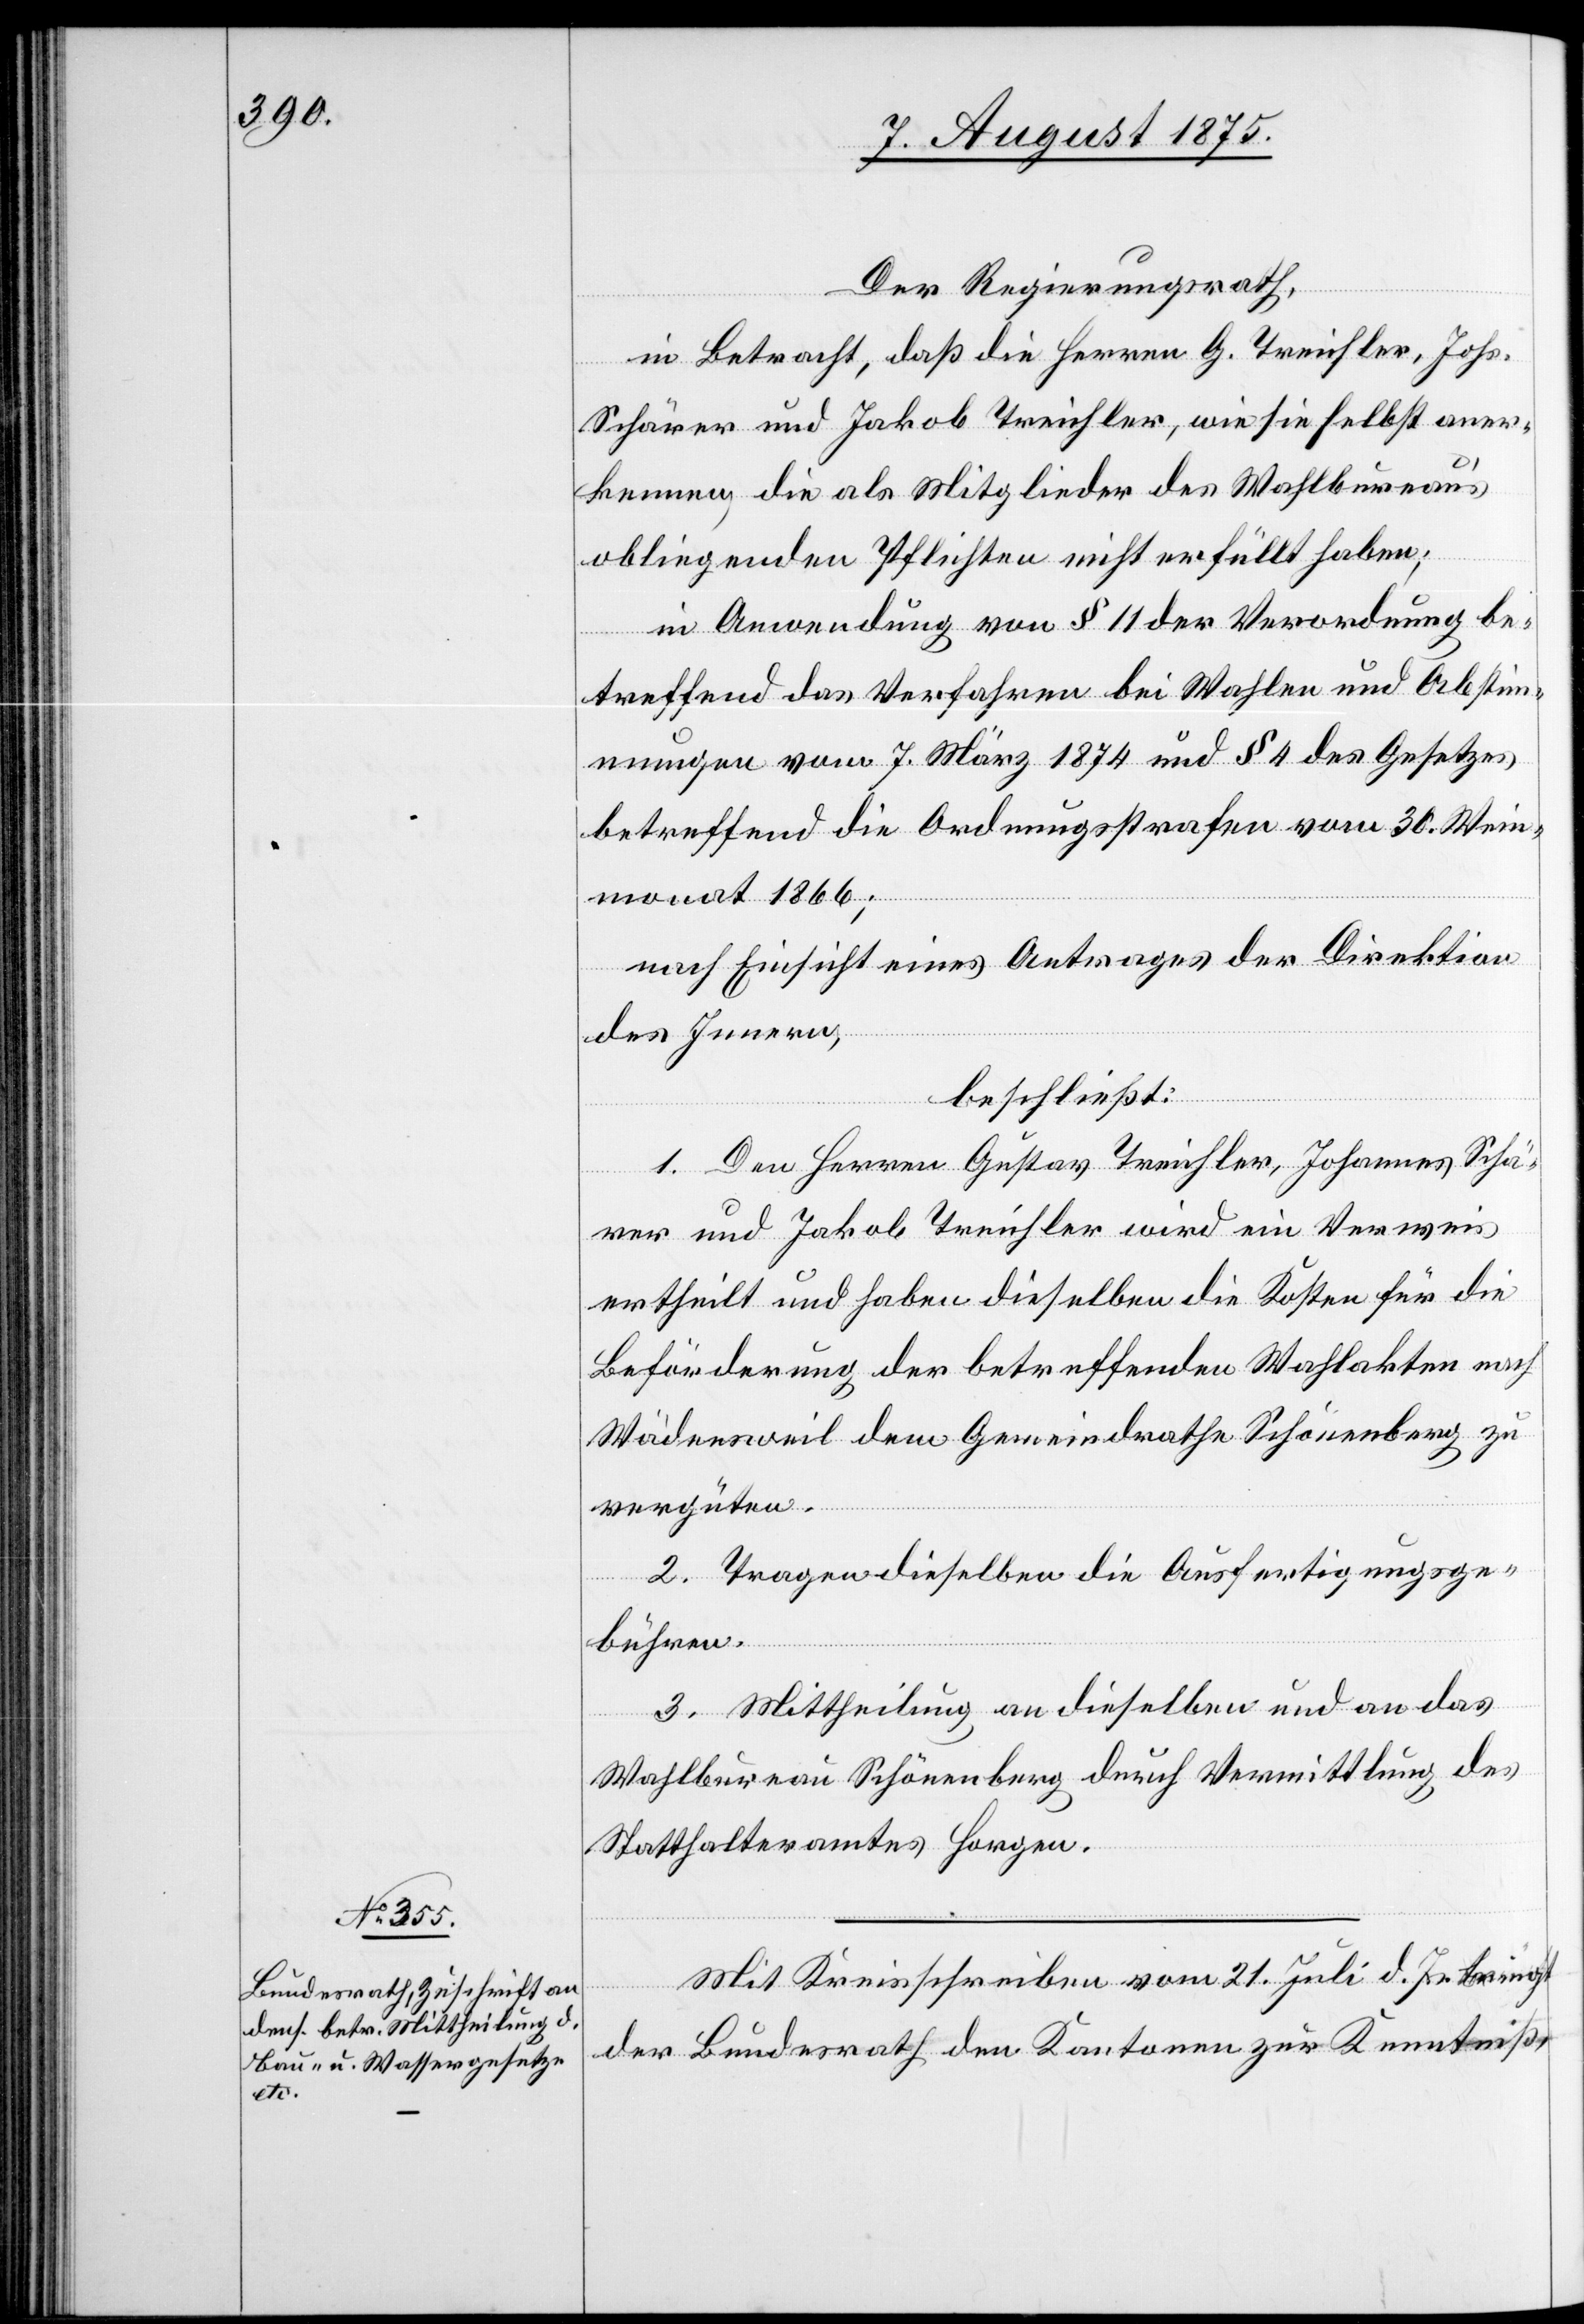
Der Regierungsrath,
in Betracht, daß die Herren G. Treichler, Johs.
Schärer und Jakob Treichler, wie sie selbst aner¬
kennen, die als Mitglieder des Wahlbureau’s
obliegenden Pflichten nicht erfüllt haben;
in Anwendung von § 11 der Verordnung be¬
treffend das Verfahren bei Wahlen und Abstim¬
mungen vom 7. März 1874 und § 4 des Gesetztes
betreffend die Ordnungsstrafen vom 30. Wein¬
monat 1866;
nach Einsicht eines Antrages der Direktion
des Innern,
beschließt:
1. Den Herren Gustav Treichler, Johannes Schä¬
rer und Jakob Treichler wird ein Verweis
ertheilt und haben dieselben die Kosten für die
Beförderung der betreffenden Wahlakten nach
Wädensweil dem Gemeindrathe Schönenberg zu
vergüten.
2. Tragen dieselben die Ausfertigungsge¬
bühren.
3. Mittheilung an dieselben und an das
Wahlbureau Schönenberg durch Vermittlung des
Statthalteramtes Horgen.
Mit Kreisschreiben vom 21. Juli d. Js. bringt
der Bundesrath den Kantonen zur Kenntniß,